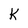
Character: K